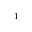
_ { 1 }